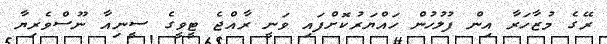
ރޭގެ މުޒާހަރާ އިން ފުލުހުން ހައްޔަރުކޮށްފައި ވަނީ ރާއްޖެ ޓީވީގެ ސީނިއާ ނޫސްވެރިޔާ